Report on vaccination in Madras 1922-1929 - 1922-1929
Year: 1922
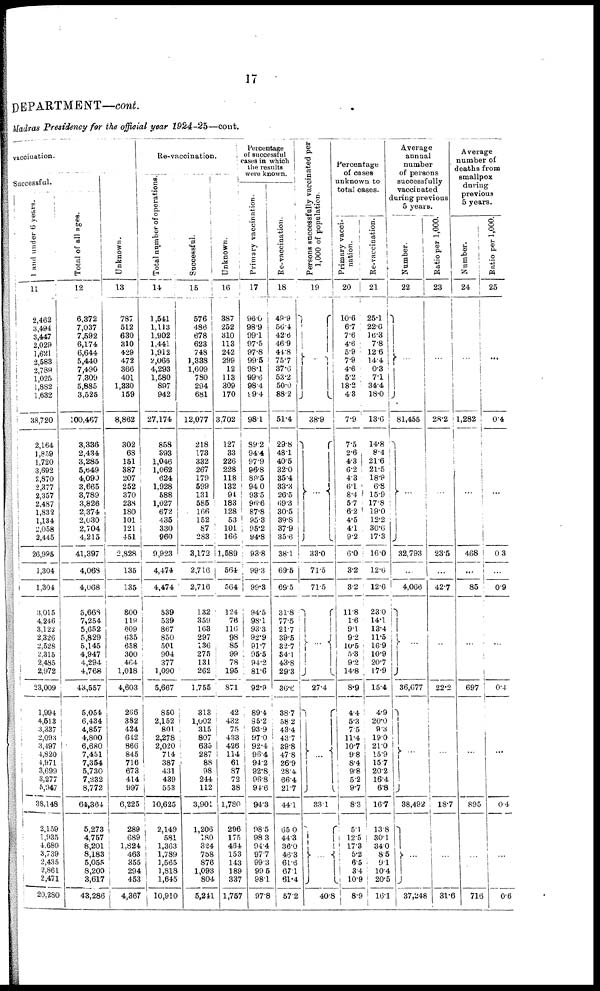
17
DEPARTMENT—cont.
Madras Presidency for the official year 1924-25—cont.
vaccination.
Successful.
1 and under 6 years.
11
2,462
3,494
3,447
2,029
1,621
2,583
2,789
1,025
1,882
1,632
38,720
2,164
1,859
1,720
3,692
2,870
2,377
2,357
2,487
1,832
1,134
2,058
2,445
26,995
1,304
1,304
3,015
4,246
3,122
2,326
2,528
2,315
2,485
2,972
23,009
1,994
4,613
3,337
2,093
3,497
4,820
4,971
3,699
3,277
5,947
38,148
2,159
1,935
4,680
3,739
2,435
2,861
2,471
20,280
Total of all ages.
12
6,372
7,037
7,592
6,174
6,644
5,440
7,490
7,809
5,885
3,525
100,467
3,386
2,434
3,285
5,649
4,090
3,665
3,789
3,826
2,374
2,030
2,704
4.215
41,397
4,068
4,068
5,668
7,254
5,652
5,829
5,145
4,947
4,294
4,768
43,557
5,054
6,434
4,857
4,800
6,680
7,451
7,354
5,730
7,232
8,772
64,364
5,273
4,757
8,201
8,183
5,055
8,200
3,617
43,286
Unknown.
13
787
512
630
310
429
472
366
401
1,330
159
8,862
302
68
151
387
207
252
370
238
180
101
121
451
2,828
135
135
800
119
609
635
658
300
464
1,018
4,603
266
382
424
642
866
845
716
673
414
997
6,225
289
689
1,824
463
355
294
453
4,367
Re-vaccination.
Total number of operations.
14
1,541
1,113
1,902
1,441
1,912
2,066
4,293
1,580
897
942
27,174
858
393
1,046
1,062
624
1,928
588
1,027
672
435
330
960
9,923
4,474
4,474
539
539
867
850
501
904
377
1,090
5,667
850
2,152
801
2,278
2,020
714
387
431
439
553
10,625
2,149
581
1,363
1,789
1,565
1,818
1,645
10,910
Successful.
15
576
486
678
623
748
1,338
1,609
780
294
681
12,077
218
173
332
267
179
599
131
585
166
152
87
283
3,172
2,716
2,716
132
359
163
297
136
275
131
262
1,755
313
1,002
315
807
635
287
88
98
244
112
3,901
1,206
180
324
758
876
1,093
804
5,241
Unknown.
16
387
252
310
113
242
299
12
113
309
170
3,702
127
33
226
228
118
132
94
183
128
53
101
166
1,589
564
564
124
76
116
98
85
99
78
195
871
42
432
75
433
426
114
61
87
72
38
1,780
296
175
464
153
143
189
337
1,757
Percentage
of successful
cases in which
the results
were known.
Primary vaccination.
17
96.0
98.9
99.1
97.5
97.8
99.5
98.1
99.6
98.4
99.4
98.1
89.2
94.4
97.9
96.8
89.5
94.0
93.5
96.6
87.8
95.3
95.2
94.8
93.8
99.3
99.3
94.5
98.1
93.3
92.9
91.7
95.5
94.2
81.6
92.9
89.4
95.2
93.9
97.0
92.4
96.4
94.2
92.8
96.8
94.6
94.3
98.5
98.3
94.4
97.7
99.3
99.5
98.1
97.8
Re-vaccination.
18
49.9
56.4
42.8
46.9
44.8
75.7
37.6
53.2
50.0
88.2
51.4
29.8
48.1
40.5
32.0
35.4
33.3
26.5
69.3
30.5
39.8
37.9
35.6
38.1
69.5
69.5
31.8
77.5
21.7
39.5
32.7
34.1
43.8
29.3
36.6
38.7
58.2
43.4
43.7
39.8
47.8
26.9
28.4
66.4
21.7
44.1
65.0
44.3
36.0
46.3
61.6
67.1
61.4
57.2
Persons successfully vaccinated per
1,000 of population.
19
…
38.9
...
33.0
71.5
71.5
…
27.4
…
33.1
…
40.8
Percentage
of cases
unknown to
total cases.
Primary vacci-
nation.
20
10.6
6.7
7.6
4.6
5.9
7.9
4.6
5.2
18.2
4.8
7.9
7.5
2.6
4.3
6.2
4.3
6.1
8.4
5.7
6.2
4.5
4.1
9.2
6.0
3.2
3.2
11.8
1.6
9.1
9.2
10.5
5.3
9.2
14.8
8.9
4.4
5.3
7.5
11.4
10.7
9.8
8.4
9.8
5.2
9.7
8.3
5.1
12.5
17.3
5.2
6.5
3.4
10.9
8.9
Re-vaccination.
21
25.1
22.6
16.3
7.8
12.6
14.4
0.3
7.1
34.4
18.0
13.6
14.8
8.4
21.6
21.5
18.9
6.8
15.9
17.8
19.0
12.2
30.6
17.3
16.0
12.6
12.6
23.0
14.1
13.4
11.5
16.9
10.9
20.7
17.9
15.4
4.9
20.0
9.3
19.0
21.0
15.9
15.7
20.2
16.4
6.8
16.7
13.8
30.1
34.0
8.5
9.1
10.4
20.5
16.1
Average
annual
number
of persons
successfully
vaccinated
during previous
5 years.
Number.
22
…
81,455
…
32,793
…
4,066
…
36,677
...
38,492
…
37,248
Ratio per 1,000
23
…
28.2
…
23.5
...
42.7
…
22.2
…
18.7
…
31.6
Average
number of
deaths from
smallpox
during
previous
5 years.
Number.
24
…
1,282
…
468
…
85
…
697
…
895
…
716
Ratio per 1,000
25
...
0.4
...
0.3
...
0.9
...
0.4
...
0.4
…
0.6